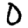
Digit: 0